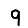
Digit: 9